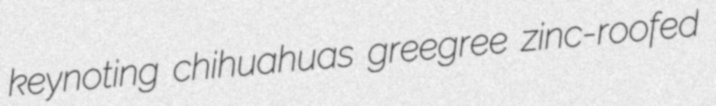
keynoting chihuahuas greegree zinc-roofed